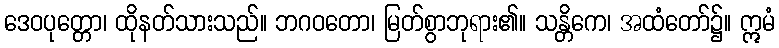
ဒေဝပုတ္တော၊ ထိုနတ်သားသည်။ ဘဂဝတော၊ မြတ်စွာဘုရား၏။ သန္တိကေ၊ အထံတော်၌။ ဣမံ